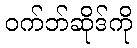
ဝက်ဘ်ဆိုဒ်ကို